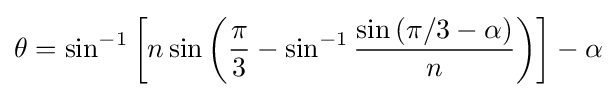
\theta =\sin ^{-1}\left[n\sin \left({\frac {\pi }{3}}-\sin ^{-1}{\frac {\sin \left(\pi /3-\alpha \right)}{n}}\right)\right]-\alpha